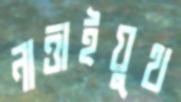
নাত্তাইয়ুথ